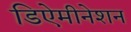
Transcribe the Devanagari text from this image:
डिऐमीनेशन